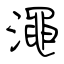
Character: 澠